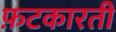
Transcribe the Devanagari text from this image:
फ़टकारती